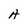
Character: A